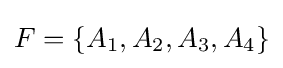
F=\left\{A_{1},A_{2},A_{3},A_{4}\right\}